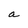
Character: a